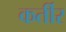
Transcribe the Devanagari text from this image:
कर्तीर